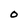
Character: O